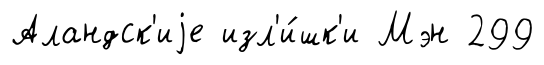
Аландск'иjе изл'и́шк'и Мэн 299